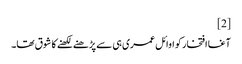
[2]
آغا افتخار کو اوائل عمری ہی سے پڑھنے لکھنے کا شوق تھا۔